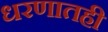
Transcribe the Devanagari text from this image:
धरणातही